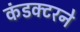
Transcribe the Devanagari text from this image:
कंडक्टरने